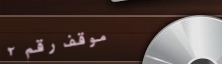
موقف رقم ٢